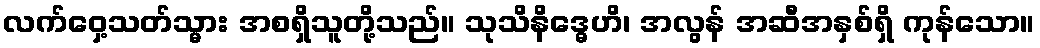
လက်ဝှေ့သတ်သ္မား အစရှိသူတို့သည်။ သုသိနိဒ္ဓေဟိ၊ အလွန် အဆီအနှစ်ရှိ ကုန်သော။